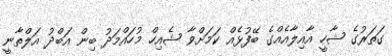
ގަތަރުގެ ޝާހީ އާއިލާއެއްގެ ބޭފުޅެއް ކަމަށްވާ ޝެއިހް މުހައްމަދު ބިން އަބްދު އަލްތާނީ